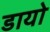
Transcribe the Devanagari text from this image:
डायो